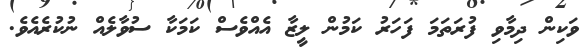
ވަކިން ދިމާވި ފުރަތަމަ ފަހަރު ކަމުން ލީޒާ އެއްވެސް ކަމަކާ ސުވާލެއް ނުކުރެއެވެ.